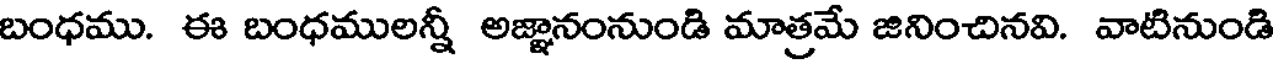
బంధము. ఈ బంధములన్నీ అజ్ఞానంనుండి మాత్రమే జినించినవి. వాటినుండి